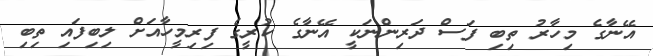
އޭނާގެ މިހާރު ތިބި ފަސް ދަރިންނަކީ އޭނާގެ ކުރީގެ ފިރިމީހާއަށް ލިބިފައި ތިބި